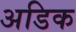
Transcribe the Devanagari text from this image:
अडिक